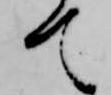
て